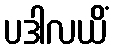
ပဒါလယိံ